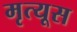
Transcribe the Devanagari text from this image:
मृत्यूस